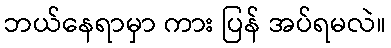
ဘယ်နေရာမှာ ကား ပြန် အပ်ရမလဲ။